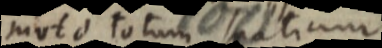
moto totum spatium